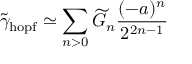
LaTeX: \widetilde \gamma _ { \mathrm { h o p f } } \simeq \sum _ { n > 0 } \widetilde { G } _ { n } { \frac { ( - a ) ^ { n } } { 2 ^ { 2 n - 1 } } }